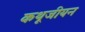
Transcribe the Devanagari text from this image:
कथूजीयन